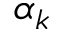
\alpha _ { k }